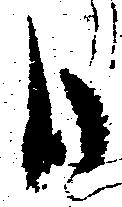
日